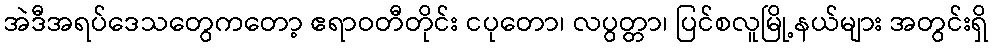
အဲဒီအရပ်ဒေသတွေကတော့ ဧရာဝတီတိုင်း ငပုတော၊ လပွတ္တာ၊ ပြင်စလူမြို့နယ်များ အတွင်းရှိ